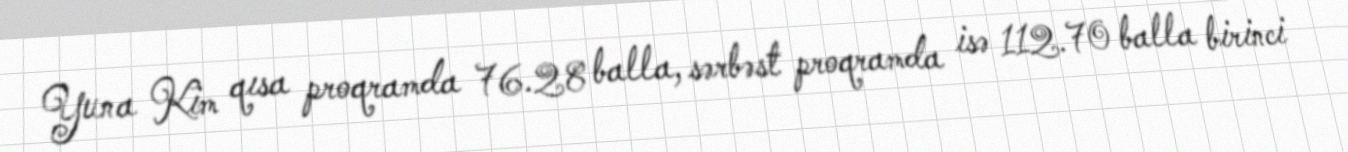
Yuna Kim qısa proqramda 76.28 balla, sərbəst proqramda isə 112.70 balla birinci